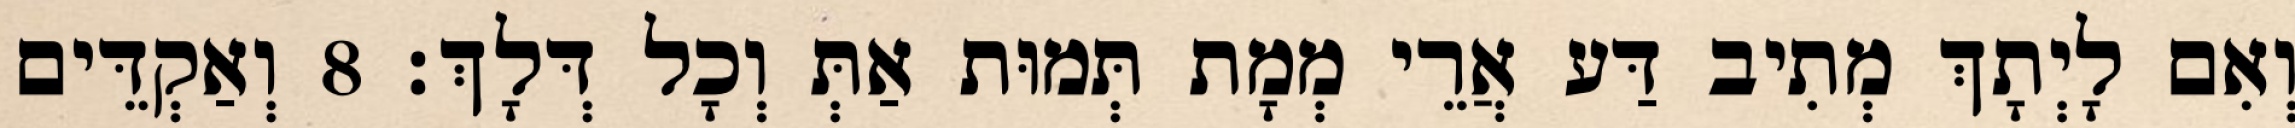
וְאִם לָיְתָךְ מְתִיב דַּע אֲרֵי מְמָת תְּמוּת אַתְּ וְכָל דְּלָךְ׃ 8 וְאַקְדֵּים